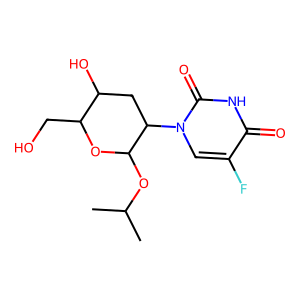
SMILES: CC(C)OC1OC(CO)C(O)CC1n1cc(F)c(=O)[nH]c1=O
Inhibits HIV replication: No